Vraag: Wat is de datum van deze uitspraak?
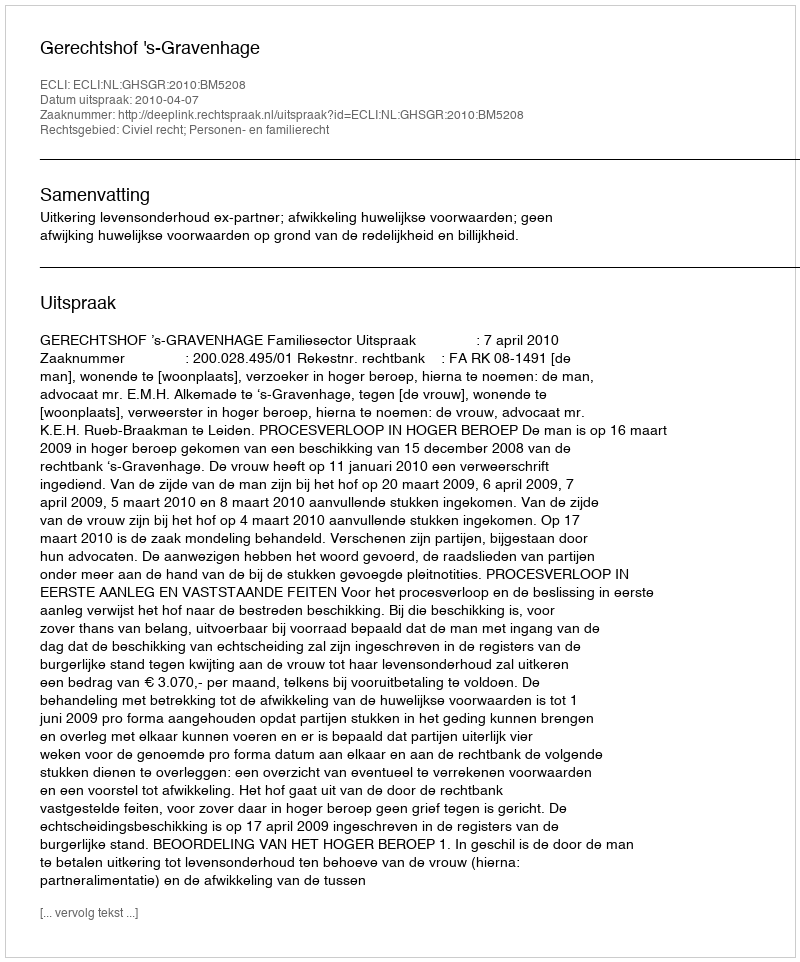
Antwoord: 2010-04-07